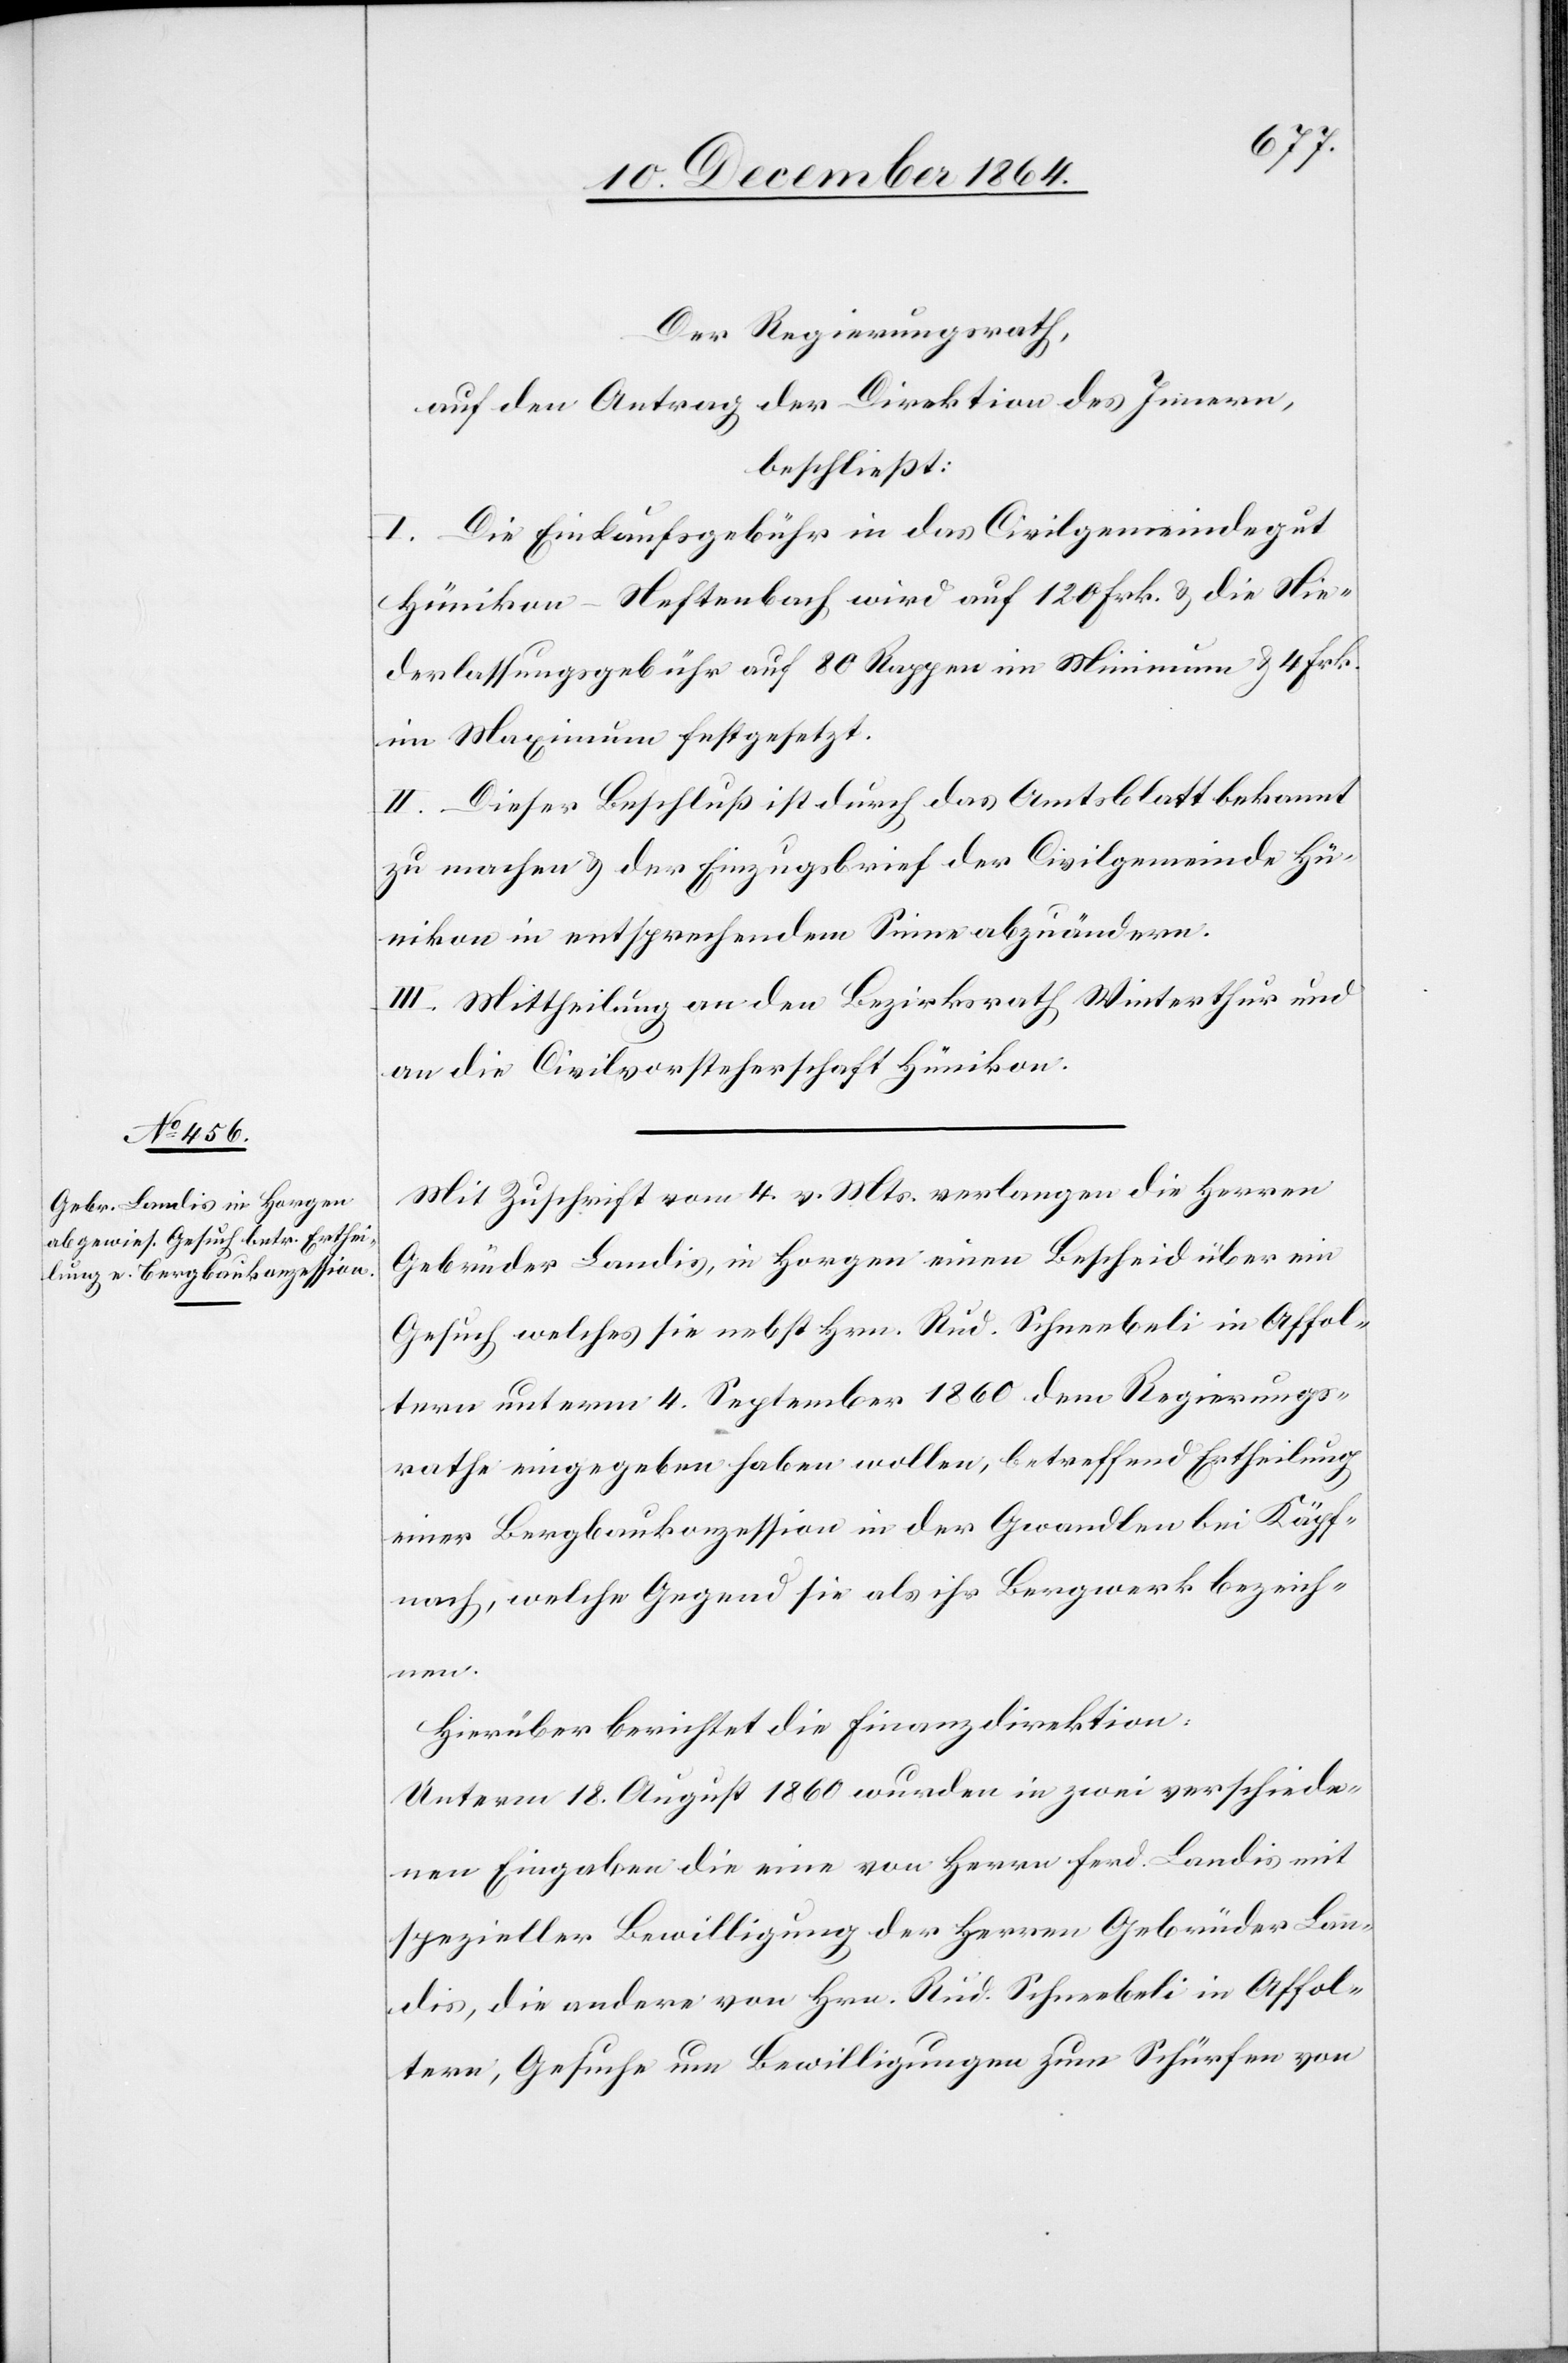
Der Regierungsrath,
auf den Antrag der Direktion des Innern,
beschließt:
I. Die Einkaufsgebühr in das Civilgemeindegut
Hünikon-Neftenbach wird auf 120 Frk. & die Nie¬
derlassungsgebühr auf 80 Rappen im Minimum & 4 Frk.
im Maximum festgesetzt.
II. Dieser Beschluß ist durch das Amtsblatt bekannt
zu machen & der Einzugsbrief der Civilgemeinde Hü¬
nikon in entsprechendem Sinne abzuändern.
III. Mittheilung an den Bezirksrath Winterthur und
an die Civilvorsteherschaft Hünikon.
Mit Zuschrift vom 4. v. Mts. verlangen die Herren
Gebrüder Landis, in Horgen einen Bescheid über ein
Gesuch welches sie nebst Hrn. Rud. Schneebeli in Affol¬
tern unterm 4. September 1860 dem Regierungs¬
rathe eingegeben haben wollen, betreffend Ertheilung
einer Bergbaukonzession in der Gwandlen bei Käpf¬
nach, welche Gegend sie als ihr Bergwerk bezeich¬
nen.
Hierüber berichtet die Finanzdirektion:
Unterm 18. August 1860 wurden in zwei verschiede¬
nen Eingaben die eine von Herrn Ferd. Landis mit
spezieller Bewilligung der Herren Gebrüder Lan¬
dis, die andere von Hrn. Rud. Schneebeli in Affol¬
tern, Gesuche um Bewilligungen zum Schürfen von